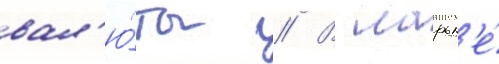
вал'ю́ты // В ларьк'е́